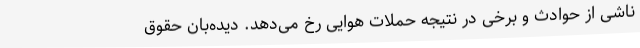
ناشی از حوادث و برخی در نتیجه حملات هوایی رخ می‌دهد. دیده‌بان حقوق